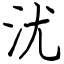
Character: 沋